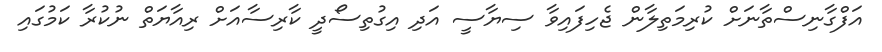
އަފްގާނިސްތާނަށް ކުރިމަތިލާން ޖެހިފައިވާ ސިޔާސީ އަދި އިގުތިސޯދީ ކާރިސާއަށް ރިއާޔަތް ނުކުރާ ކަމުގައި